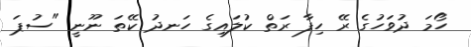
ހޯމަ ދުވަހުގެ ރޭ ހިފާ ރަތް ކުލައިގެ ހަނދު ކޭތަ ނޫނީ "ސުޕަ